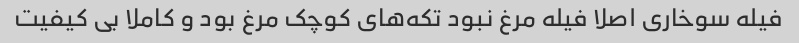
فیله سوخاری اصلا فیله مرغ نبود تکه‌های کوچک مرغ بود و کاملا بی کیفیت